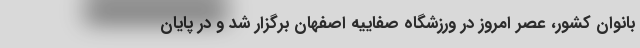
بانوان کشور، عصر امروز در ورزشگاه صفاییه اصفهان برگزار شد و در پایان